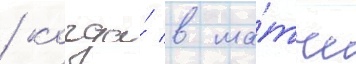
/ когда́ в ма́тче